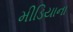
મીડિયાના